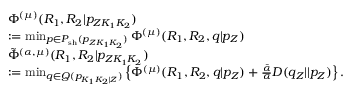
\begin{array} { r l } & { \Phi ^ { ( \mu ) } ( R _ { 1 } , R _ { 2 } | { p _ { Z K _ { 1 } K _ { 2 } } } ) } \\ & { : = \operatorname* { m i n } _ { p \in { \cal P } _ { \mathrm { s h } } ( { p _ { Z K _ { 1 } K _ { 2 } } } ) } \Phi ^ { ( \mu ) } ( R _ { 1 } , R _ { 2 } , q | p _ { Z } ) } \\ & { \tilde { \Phi } ^ { ( \alpha , \mu ) } ( R _ { 1 } , R _ { 2 } | { p _ { Z K _ { 1 } K _ { 2 } } } ) } \\ & { : = \operatorname* { m i n } _ { \scriptstyle { \scriptstyle q \in { { \cal Q } } ( p _ { K _ { 1 } K _ { 2 } | Z } ) } } \left\{ \Phi ^ { ( \mu ) } ( R _ { 1 } , R _ { 2 } , q | p _ { Z } ) + \frac { \bar { \alpha } } { \alpha } D ( q _ { Z } | | p _ { Z } ) \right\} . } \end{array}